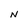
Character: N